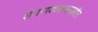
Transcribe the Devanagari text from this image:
संगणकशास्त्रातील